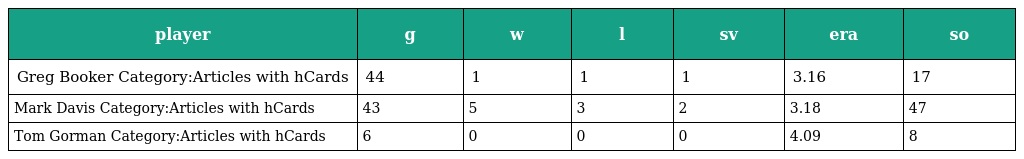
| player | g | w | l | sv | era | so |
 | --- | --- | --- | --- | --- | --- | --- |
 | Greg Booker Category:Articles with hCards | 44 | 1 | 1 | 1 | 3.16 | 17 |
 | Mark Davis Category:Articles with hCards | 43 | 5 | 3 | 2 | 3.18 | 47 |
 | Tom Gorman Category:Articles with hCards | 6 | 0 | 0 | 0 | 4.09 | 8 |